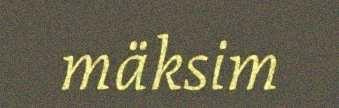
mäksim